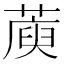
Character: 𦺮